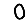
Digit: 0